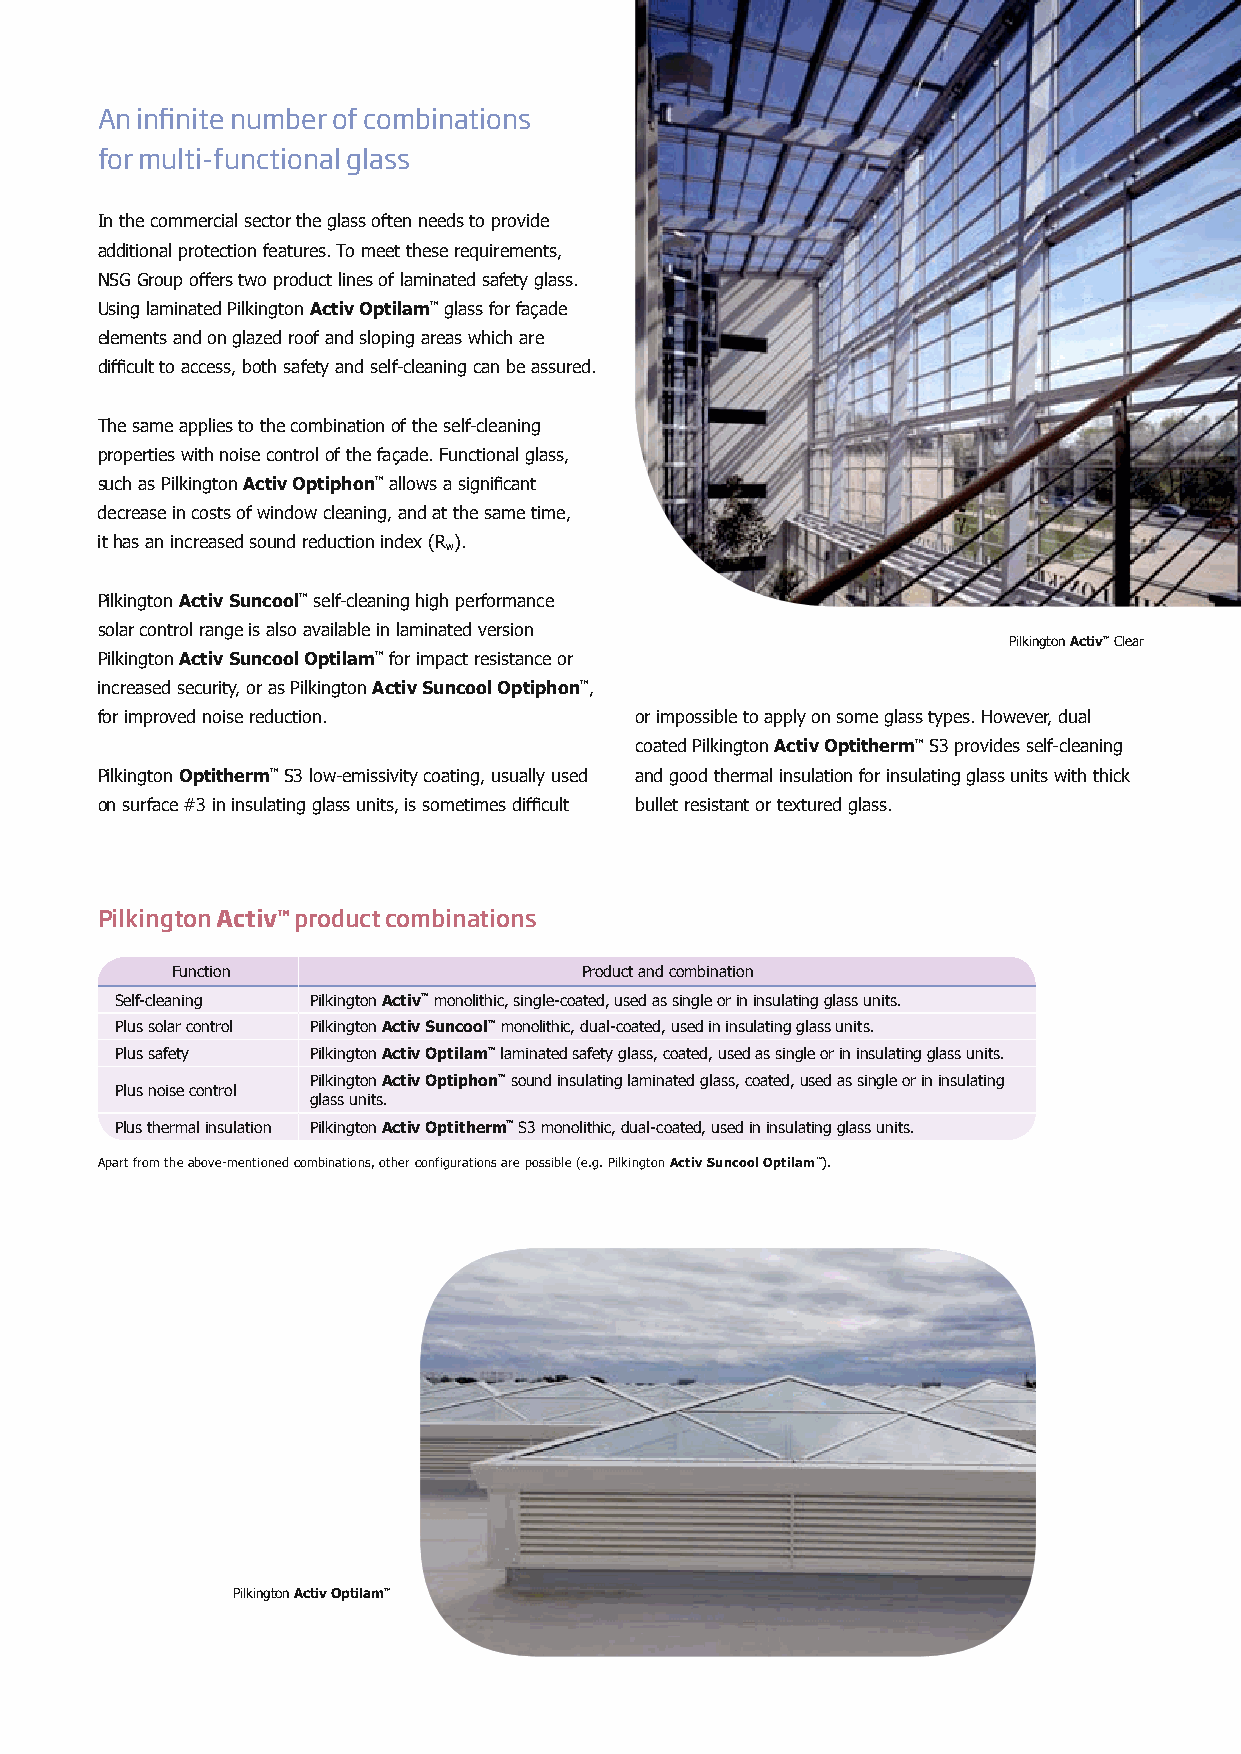
An infinite number of combinations
 for multi-functional glass
 In the commercial sector the glass often needs to provide
 additional protection features. To meet these requirements,
 NSG Group offers two product lines of laminated safety glass.
 Using laminated Pilkington Activ Optilam™ glass for façade
 elements and on glazed roof and sloping areas which are
 difficult to access, both safety and self-cleaning can be assured.
 The same applies to the combination of the self-cleaning
 properties with noise control of the façade. Functional glass,
 such as Pilkington Activ Optiphon™ allows a significant
 decrease in costs of window cleaning, and at the same time,
 it has an increased sound reduction index (R ).
 w
 Pilkington Activ Suncool™ self-cleaning high performance
 solar control range is also available in laminated version
 Pilkington Activ™ Clear
 Pilkington Activ Suncool Optilam™ for impact resistance or
 increased security, or as Pilkington Activ Suncool Optiphon™,
 for improved noise reduction.       or impossible to apply on some glass types. However, dual
 coated Pilkington Activ Optitherm™ S3 provides self-cleaning
 Pilkington Optitherm™ S3 low-emissivity coating, usually used and good thermal insulation for insulating glass units with thick
 on surface #3 in insulating glass units, is sometimes difficult bullet resistant or textured glass.
 Pilkington Activ™ product combinations
 Function                   Product and combination
 Self-cleaning Pilkington Activ™ monolithic, single-coated, used as single or in insulating glass units.
 Plus solar control Pilkington Activ Suncool™ monolithic, dual-coated, used in insulating glass units.
 Plus safety  Pilkington Activ Optilam™ laminated safety glass, coated, used as single or in insulating glass units.
 Pilkington Activ Optiphon™ sound insulating laminated glass, coated, used as single or in insulating
 Plus noise control
 glass units.
 Plus thermal insulation Pilkington Activ Optitherm™ S3 monolithic, dual-coated, used in insulating glass units.
 Apart from the above-mentioned combinations, other configurations are possible (e.g. Pilkington Activ Suncool Optilam™).
 Pilkington Activ Optilam™